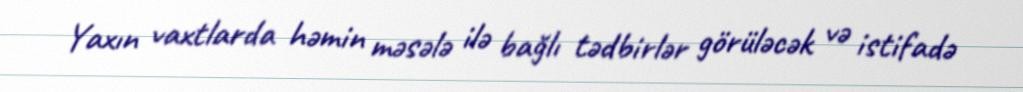
Yaxın vaxtlarda həmin məsələ ilə bağlı tədbirlər görüləcək və istifadə